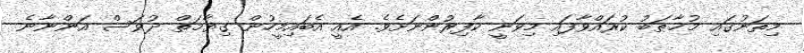
މިތަނުގައި މުޚާޠަބު ކުރައްވާފައި މިވަނީ ކާފިރުންނަށެވެ. އެއީ އެބައިމީހުން ގިޔާމަތް ދުވަސް އަންނާނެ